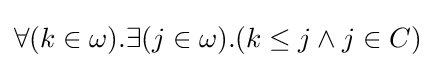
\forall (k\in \omega ).\exists (j\in \omega ).(k\leq j\land j\in C)